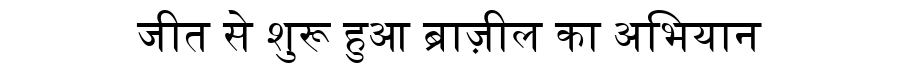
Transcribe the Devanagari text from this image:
जीत से शुरू हुआ ब्राज़ील का अभियान